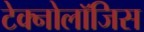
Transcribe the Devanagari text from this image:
टेक्नोलॉजिस